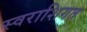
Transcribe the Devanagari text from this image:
स्वराशिगत